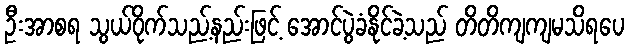
ဦးအာစရ သွယ်ဝိုက်သည့်နည်းဖြင့် အောင်ပွဲခံနိုင်ခဲ့သည် တိတိကျကျမသိရပေ